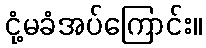
ငုံ့မခံအပ်ကြောင်း။